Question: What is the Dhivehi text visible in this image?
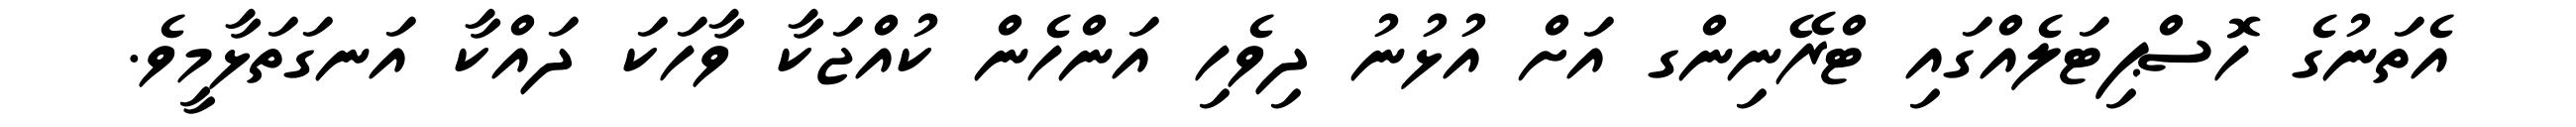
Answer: އެތަނުގެ ހޮސްޕިޓަލެއްގައި ޓްރޭނިންގ އަށް އުޅުނު ދިވެހި އަންހެން ކުއްޖަކާ ވާހަކަ ދައްކާ އަނގަތަޅާމީވެ.